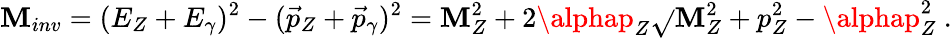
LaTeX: \mathbf{M}_{inv}=(E_{Z}+E_{\gamma})^{2}-(\vec{{p}}_{Z}+\vec{{p}}_{\gamma})^{2}=\mathbf{M}_{Z}^{2}+2\alphap_{Z}\sqrt{}{{\mathbf{M}_{Z}^{2}+p_{Z}^{2}}}-\alphap_{Z}^{2}~.